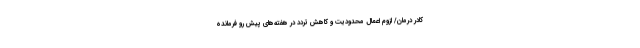
کادر درمان/ لزوم اعمال محدودیت و کاهش تردد در هفته‌های پیش رو فرمانده